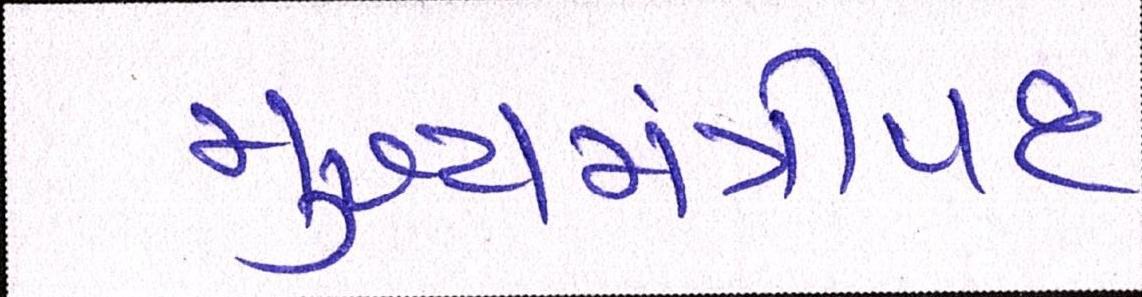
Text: મુખ્યમંત્રીપદ